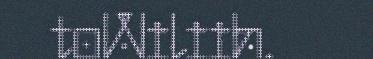
toWiliih.